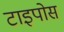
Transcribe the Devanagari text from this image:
टाइपोस